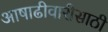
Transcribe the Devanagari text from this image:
आषाढीवारीसाठी